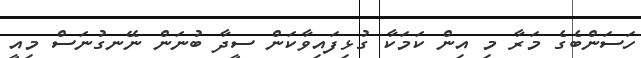
ހަސަންބެގެ މަރާ މި އިން ކަމަކާ ގުޅިފައިވާކަން ސީދާ ބުނަން ނޭނގުނަސް މިއީ